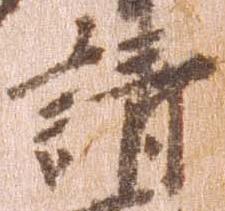
請